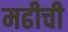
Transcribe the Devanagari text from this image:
मढीची